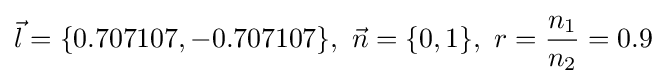
{\vec {l}}=\{0.707107,-0.707107\},~{\vec {n}}=\{0,1\},~r={\frac {n_{1}}{n_{2}}}=0.9